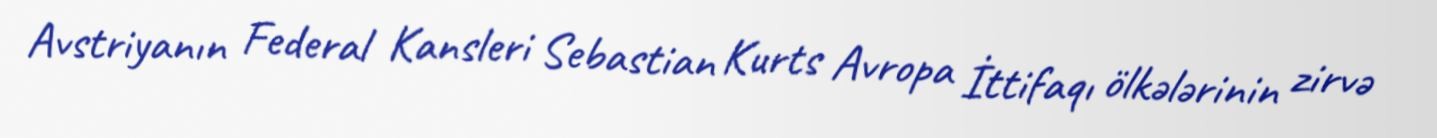
Avstriyanın Federal Kansleri Sebastian Kurts Avropa İttifaqı ölkələrinin zirvə